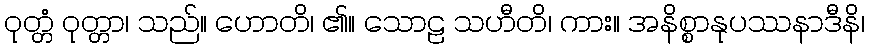
ဝုတ္တံ ဝုတ္တာ၊ သည်။ ဟောတိ၊ ၏။ သောဠ သဟီတိ၊ ကား။ အနိစ္စာနုပဿနာဒီနိ၊